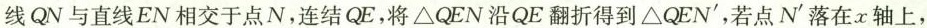
线QN与直线EN相交于点N，连结QE，将△QEN沿QE翻折得到△QEN'，若点N'落在x轴上，